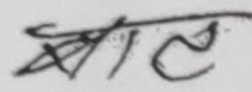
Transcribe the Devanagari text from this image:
भाल